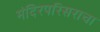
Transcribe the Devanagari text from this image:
मंदिरपरिसराचा